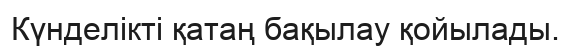
Күнделікті қатаң бақылау қойылады.